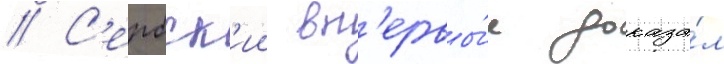
// С'ербск'ии вп'ервы́е доказа́л